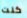
كنت